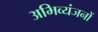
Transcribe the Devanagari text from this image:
अभिव्यंजनों